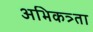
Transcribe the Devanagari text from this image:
अभिकत्र्ता